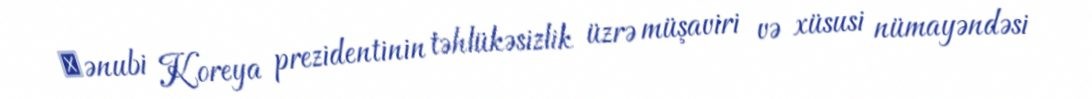
Сənubi Koreya prezidentinin təhlükəsizlik üzrə müşaviri və xüsusi nümayəndəsi